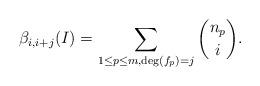
LaTeX: \begin{align*}\beta_{i,i+j}(I)=\sum_{1 \leq p \leq m,{\rm deg}(f_{p})=j} \binom{n_{p}}{i}.\end{align*}